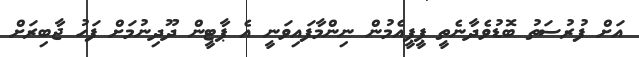
އަށް ފުރުސަތު ބޮޑުވެދާނެތީ ޕީޕީއެމުން ނިންމާފައިވަނީ އެ ޕާޓީން ދޫދިނުމަށް ފަހު ޖާބިރަށް